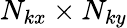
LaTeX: N_{kx}\times N_{ky}